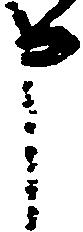
申